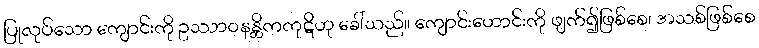
ပြုလုပ်သော ကျောင်းကို ဥဿာဝနန္တိကကုဋိဟု ခေါ်သည်။ ကျောင်းဟောင်းကို ဖျက်၍ဖြစ်စေ၊ အသစ်ဖြစ်စေ